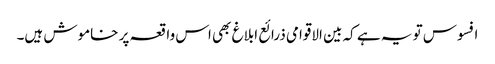
افسوس تو یہ ہے کہ بین الاقوامی ذرائع ابلاغ بھی اس واقعہ پر خاموش ہیں۔